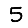
Digit: 5